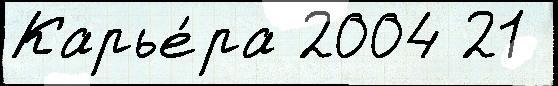
Карье́ра 2004 21